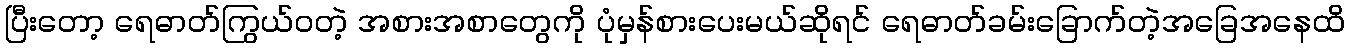
ပြီးတော့ ရေဓာတ်ကြွယ်ဝတဲ့ အစားအစာတွေကို ပုံမှန်စားပေးမယ်ဆိုရင် ရေဓာတ်ခမ်းခြောက်တဲ့အခြေအနေထိ